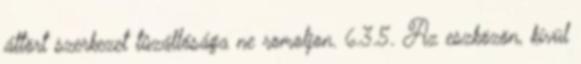
áttört szerkezet tûzállósága ne romoljon. 6.3.5. Az eszközön, kívül